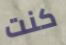
كنت